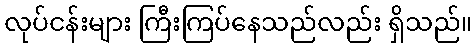
လုပ်ငန်းများ ကြီးကြပ်နေသည်လည်း ရှိသည်။